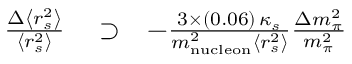
\begin{array} { r l r } { \frac { \Delta \left< r _ { s } ^ { 2 } \right> } { \left< r _ { s } ^ { 2 } \right> } } & { { } \supset } & { - \frac { 3 \times ( 0 . 0 6 ) \, \kappa _ { s } } { m _ { \mathrm { n u c l e o n } } ^ { 2 } \left< r _ { s } ^ { 2 } \right> } \frac { \Delta m _ { \pi } ^ { 2 } } { m _ { \pi } ^ { 2 } } } \end{array}